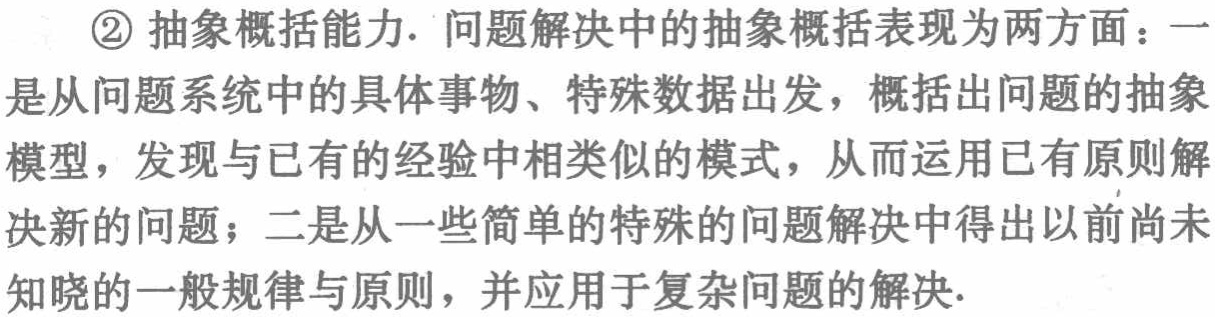
\begin{itemize}

\item \textcircled{2} 抽象概括能力. 问题解决中的抽象概括表现为两方面：一是从问题系统中的具体事物、特殊数据出发，概括出问题的抽象模型，发现与已有的经验中相类似的模式，从而运用已有原则解决新的问题；二是从一些简单的特殊的问题解决中得出以前尚未知晓的一般规律与原则，并应用于复杂问题的解决.

\end{itemize}